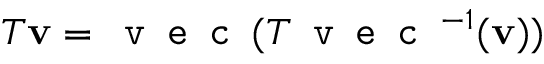
T \mathbf { v } = \texttt { v e c } ( T \texttt { v e c } ^ { - 1 } ( \mathbf { v } ) )